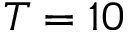
T = 1 0